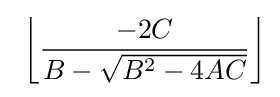
\,\,\left\lfloor {\frac {-2C}{B-{\sqrt {B^{2}-4AC}}}}\right\rfloor